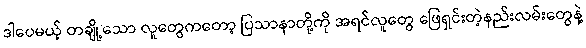
ဒါပေမယ့် တချို့သော လူတွေကတော့ ပြသာနာတို့ကို အရင်လူတွေ ဖြေရှင်းတဲ့နည်းလမ်းတွေနဲ့